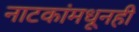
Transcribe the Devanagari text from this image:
नाटकांमधूनही